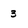
Character: 3